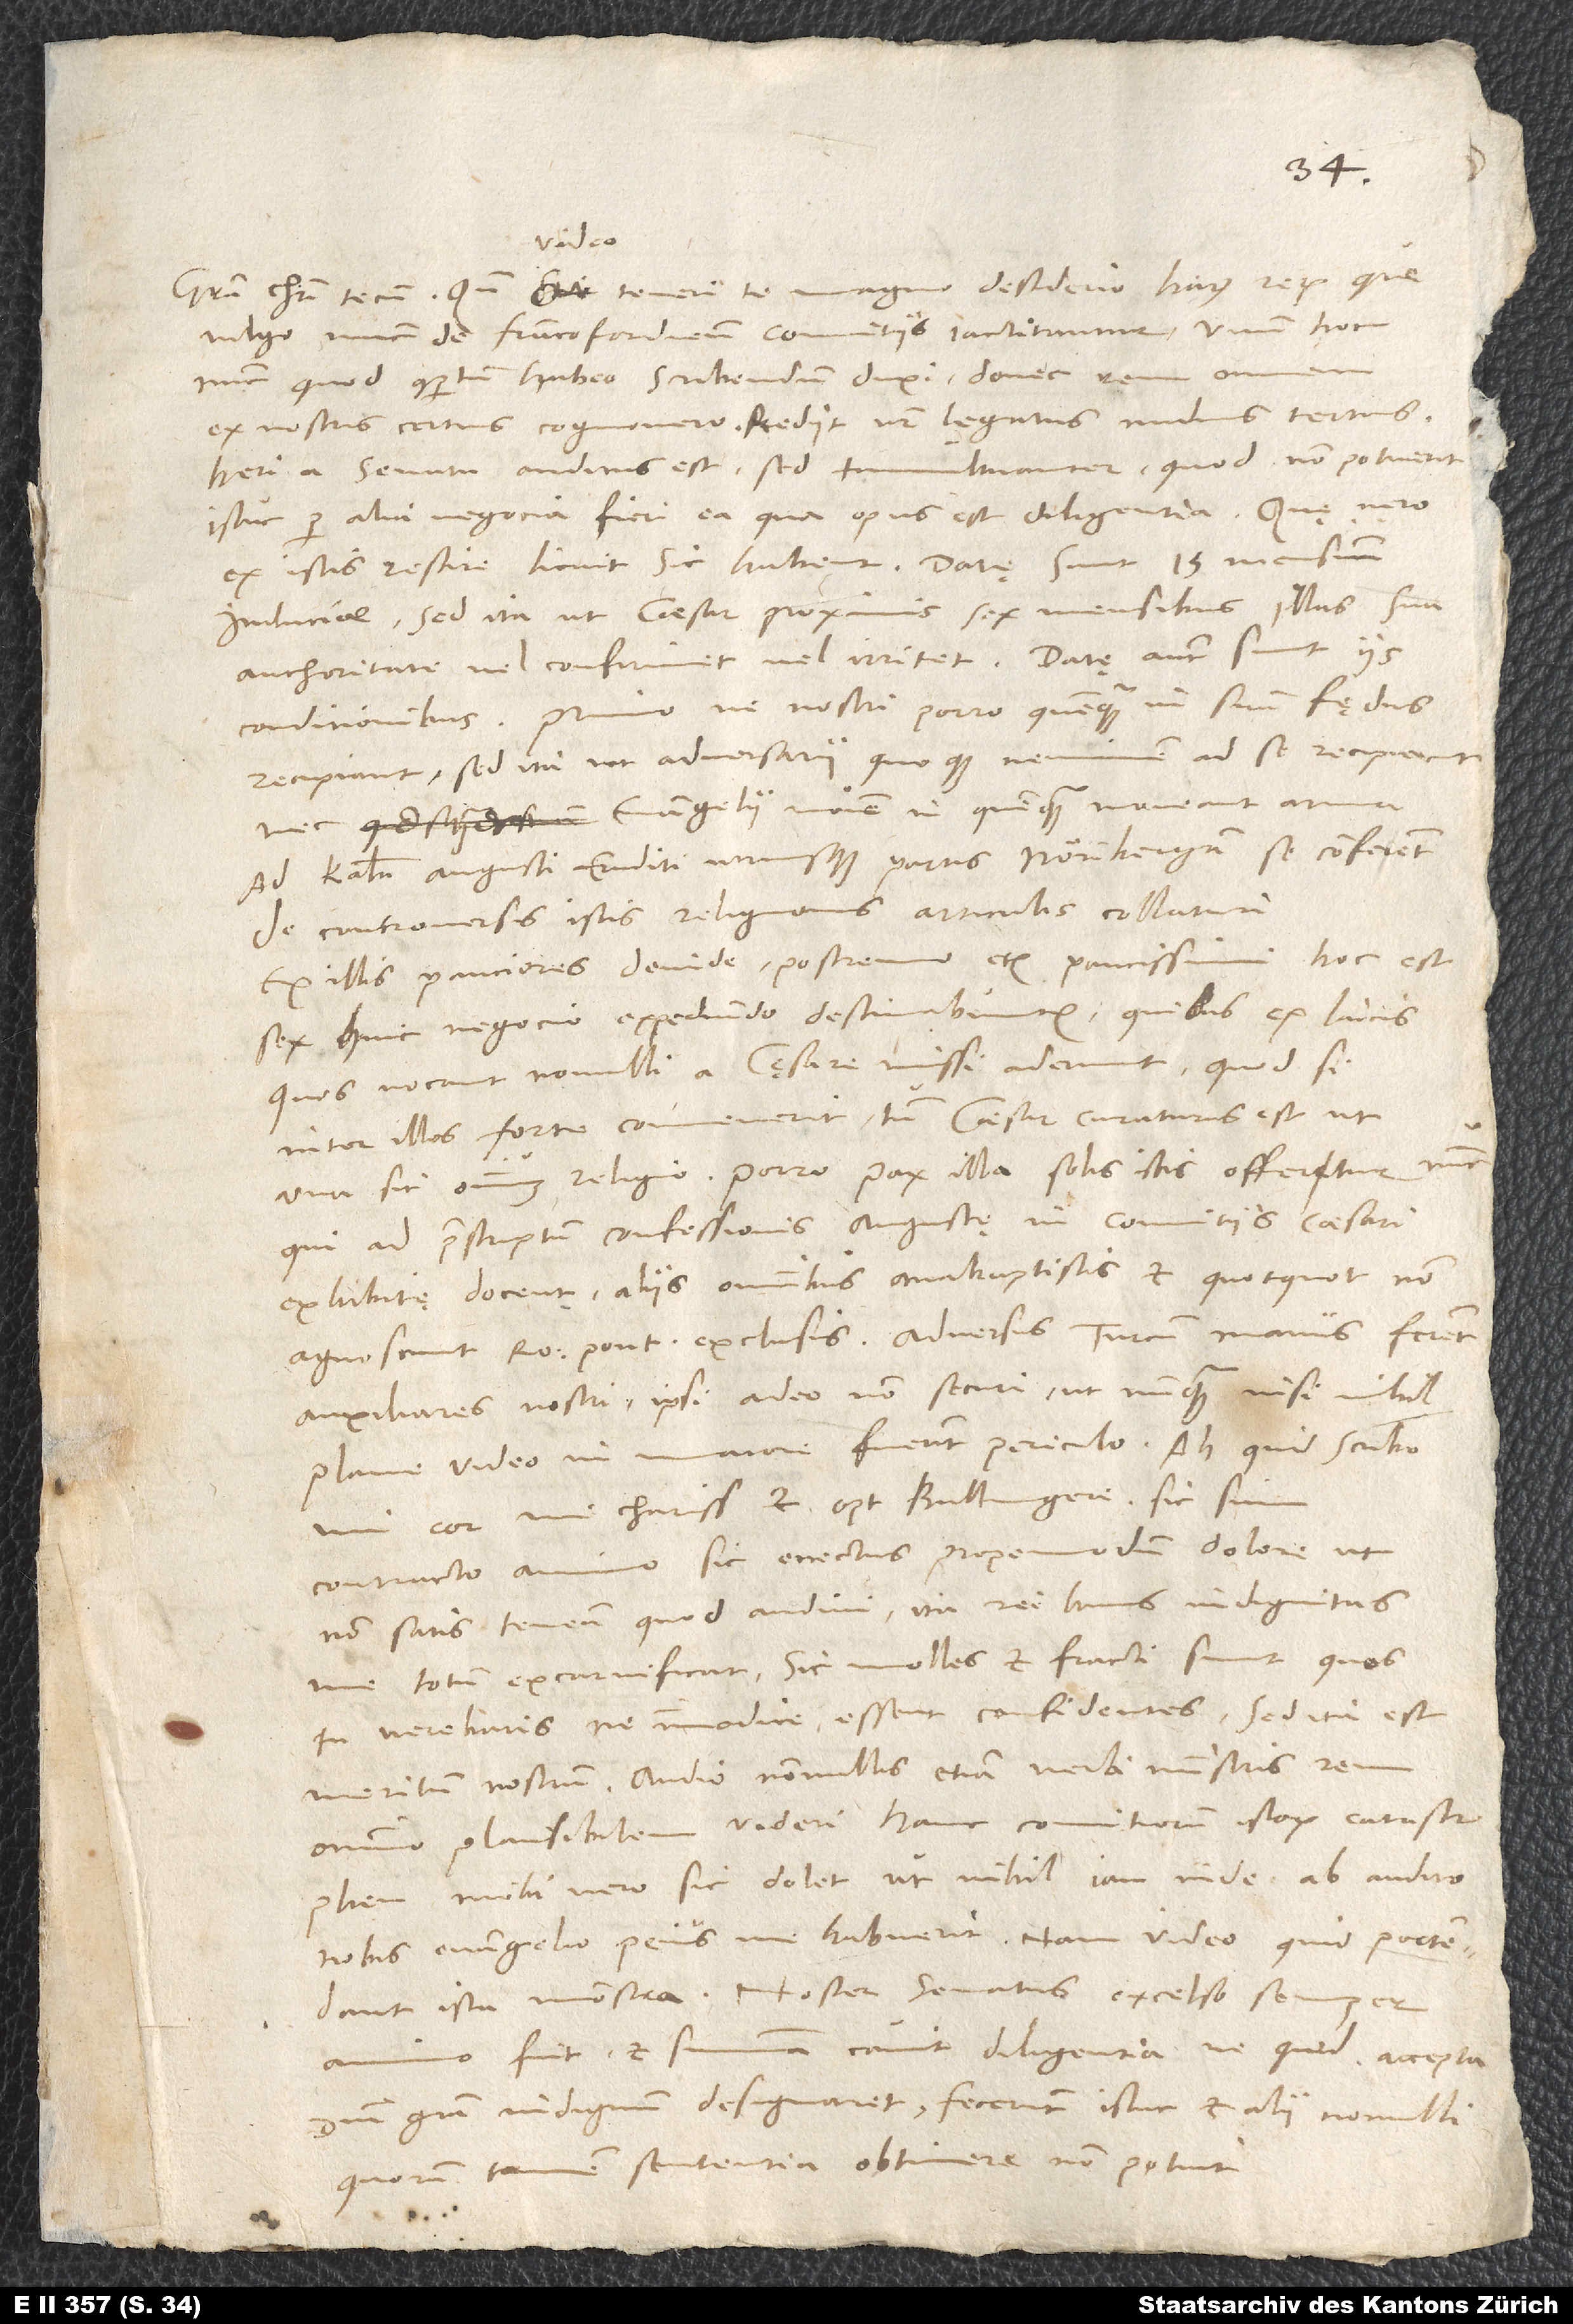
video
vulgo nunc de Francofordiensibus comitiis iactitantur, unum hoc
nunc, quod compertum habeo, scribendum duxi, donec rem omnem
heri a senatu auditus est, sed tumultuanter, quod non potuerit
istuc per alia negocia fieri ea, qua opus est, diligentia.
ex istis rescire licuit, sic habent: Datę sunt 15 mensium
induciae, sed ita, ut caesar proximis sex mensibus illas sua
authoritate vel confirmet vel irritet. Datę autem sunt iis
conditionibus: Primo, ne nostri porro quenquam in suum fędus
recipiant, sed ita, ut adversarii quoque neminem ad se recipiant
evangelii nomine in quenquam moveant arma.
Ad kalendas augusti eruditi utriusque partis Norimbergam se conferent
de controversis istis religionis articulis collaturi;
ex illis pauciores deinde, postremo etiam paucissimi, hoc est
sex, huic negocio expediundo destinabuntur, quibus ex laicis,
quos vocant, nonnulli a cęsare missi aderunt. Quodsi
inter illos forte convenerit, tum caesar curaturus est, ut
una sit omnium religio. Porro pax illa solis istis offertur nunc,
qui ad praescriptum confessionis Augustę in comitiis caesari
exhibitę docent, aliis omnibus, anabaptistis et quoquot non
agnoscunt Romanum pontificem, exclusis. Adversus Turcam manus ferent
auxiliares nostri, ipsi adeo non securi, ut nunquam, nisi nihil
mi cor, mi charissime et optime Bullingere, sic sum
contracto animo, sic enectus propemodum dolore, ut
non satis teneam, quod audivi. Ita rei huius indignitas
me totum excarnificat. Sic molles et fracti sunt, quos
tu verebaris, ne immodice essent confidentes. Sed ita est
meritum nostrum. Audio nonnullis etiam verbi ministris rem
omnino plausibilem videri hanc comitiorum istorum catastrophen.
Mihi vero sic dolet, ut nihil iam inde ab audito
nobis evangelio peius me habuerit; nam video, quid portendant
ista monstra. Noster senatus excelso semper
animo fuit et summa cavit diligentia, ne quid accepta
domini gratia indignum designaret. Fecerunt istuc et alii nonnulli,
quorum tamen sententia obtinere non potuit.